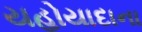
યહોયાદાના